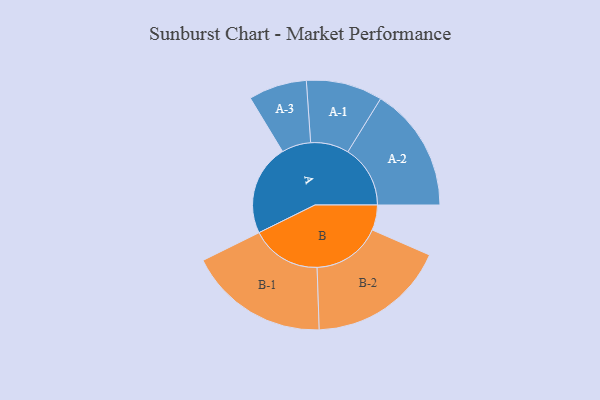
{"axis": {"x": "Segment", "y": "Value"}, "legend": ["", "A", "B"], "data": [{"x": "A", "y": 372, "type": ""}, {"x": "B", "y": 103, "type": ""}, {"x": "A-1", "y": 156, "type": "A"}, {"x": "A-2", "y": 255, "type": "A"}, {"x": "A-3", "y": 119, "type": "A"}, {"x": "B-1", "y": 287, "type": "B"}, {"x": "B-2", "y": 282, "type": "B"}]}